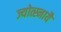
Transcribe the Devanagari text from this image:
ज्योत्स्नायै